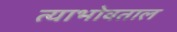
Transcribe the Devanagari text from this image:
त्याभोवताल